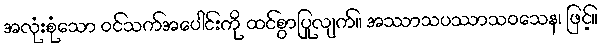
အလုံးစုံသော ဝင်သက်အပေါင်းကို ထင်စွာပြုလျက်။ အဿာသပဿာသဝသေန၊ ဖြင့်။